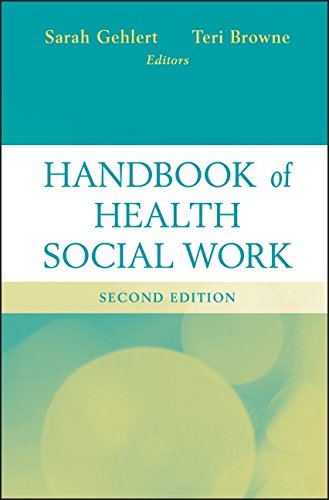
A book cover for Handbook of Health Social Work; Politics & Social Sciences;